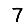
Digit: 7